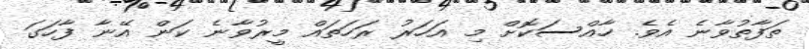
ތަފާތުވާނެ އެވެ. ހާއްސަކޮށް މި އަހަރު ރަހަތައް މީރުވާނެ ކަން އޭނާ ފާހަގަ